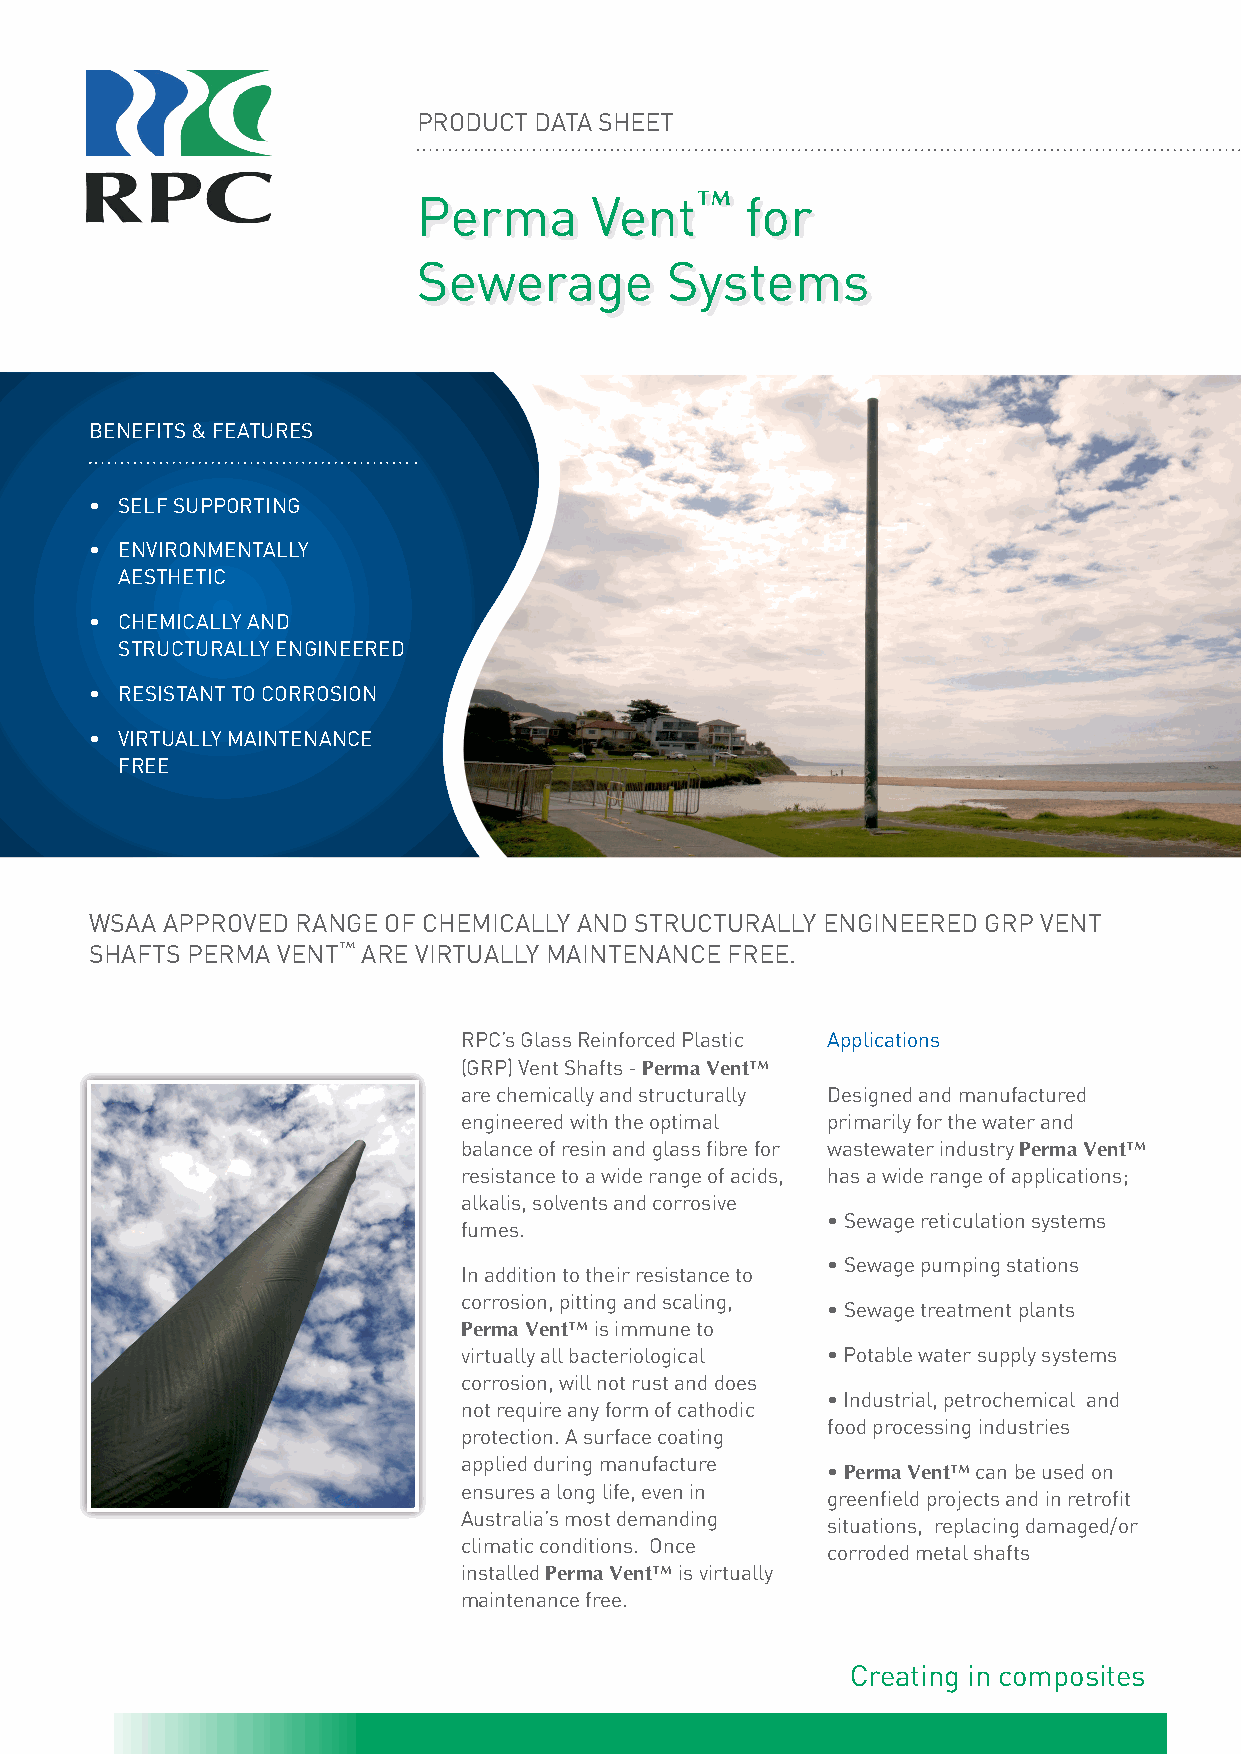
PRODuCt DAtA Sheet
 Perma      Vent™     for
 Sewerage        Systems
 BenefItS & feAtuReS
 • SELF SUPPORTING
 • ENVIRONMENTALLY
 AeSthetIC
 • CHEMICALLY AND
 StRuCtuRAlly enGIneeReD
 • RESISTANT TO CORROSION
 • VIRTUALLY MAINTENANCE
 fRee
 wSAA APPROVeD RAnGe Of ChemICAlly AnD StRuCtuRAlly enGIneeReD GRP Vent
 ShAftS PeRmA Vent™ ARe VIRtuAlly mAIntenAnCe fRee.
 RPC’s Glass Reinforced Plastic Applications
 (GRP) Vent Shafts - Perma Vent™
 are chemically and structurally Designed and manufactured
 engineered with the optimal primarily for the water and
 balance of resin and glass fibre for wastewater industry Perma Vent™
 resistance to a wide range of acids, has a wide range of applications;
 alkalis, solvents and corrosive
 • Sewage reticulation systems
 fumes.
 • Sewage pumping stations
 In addition to their resistance to
 corrosion, pitting and scaling,
 • Sewage treatment plants
 Perma Vent™ is immune to
 virtually all bacteriological • Potable water supply systems
 corrosion, will not rust and does
 • Industrial, petrochemical and
 not require any form of cathodic
 food processing industries
 protection. A surface coating
 applied during manufacture
 • Perma Vent™ can be used on
 ensures a long life, even in
 greenfield projects and in retrofit
 Australia’s most demanding
 situations, replacing damaged/or
 climatic conditions. Once
 corroded metal shafts
 installed Perma Vent™ is virtually
 maintenance free.
 Creating in composites